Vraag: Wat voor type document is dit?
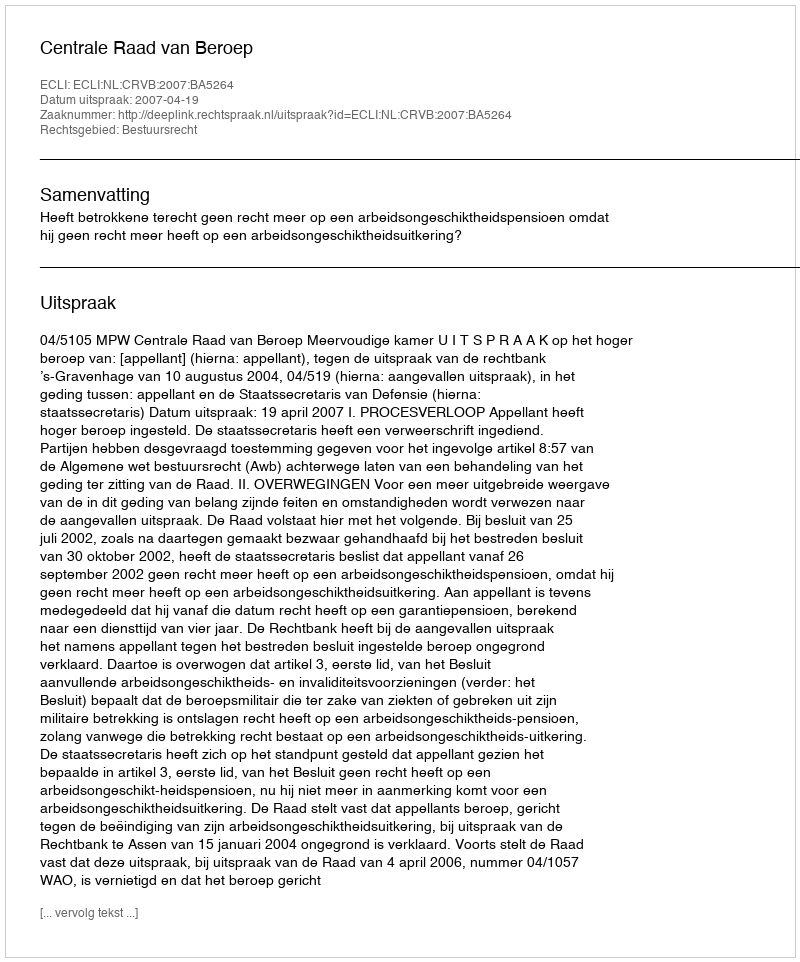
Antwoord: Uitspraak